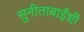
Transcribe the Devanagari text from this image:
सुनीताबाईंशी